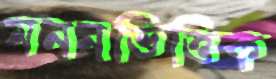
মননভিত্তিক